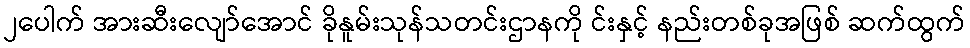
၂ပေါက် အားဆီးလျော်အောင် ခိုနူမ်းသုန်သတင်းဌာနကို င်းနှင့် နည်းတစ်ခုအဖြစ် ဆက်ထွက်